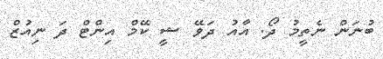
ބުނަން ނެތީމު ދޯ. އާއު ދަވޭ ޝީ ކޭމް އިންޓް ދަ ނިއުޒް